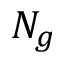
N _ { g }